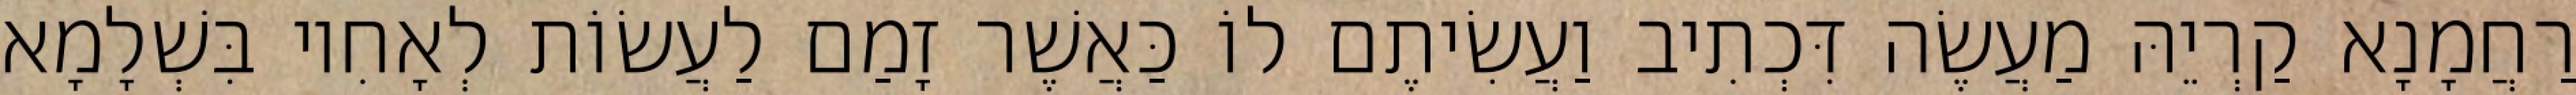
רַחֲמָנָא קַרְיֵהּ מַעֲשֶׂה דִּכְתִיב וַעֲשִׂיתֶם לוֹ כַּאֲשֶׁר זָמַם לַעֲשׂוֹת לְאָחִיו בִּשְׁלָמָא